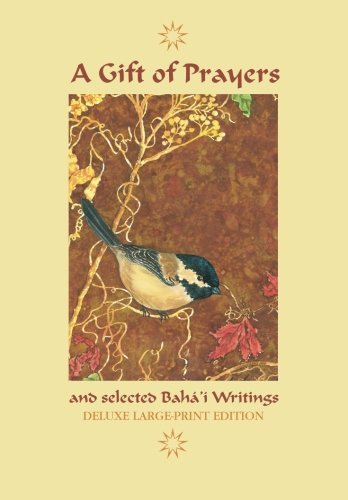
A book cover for A Gift of Prayers and Selected Baha'i Writings: Deluxe Large-Print Edition; Baha'u'llah; Religion & Spirituality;